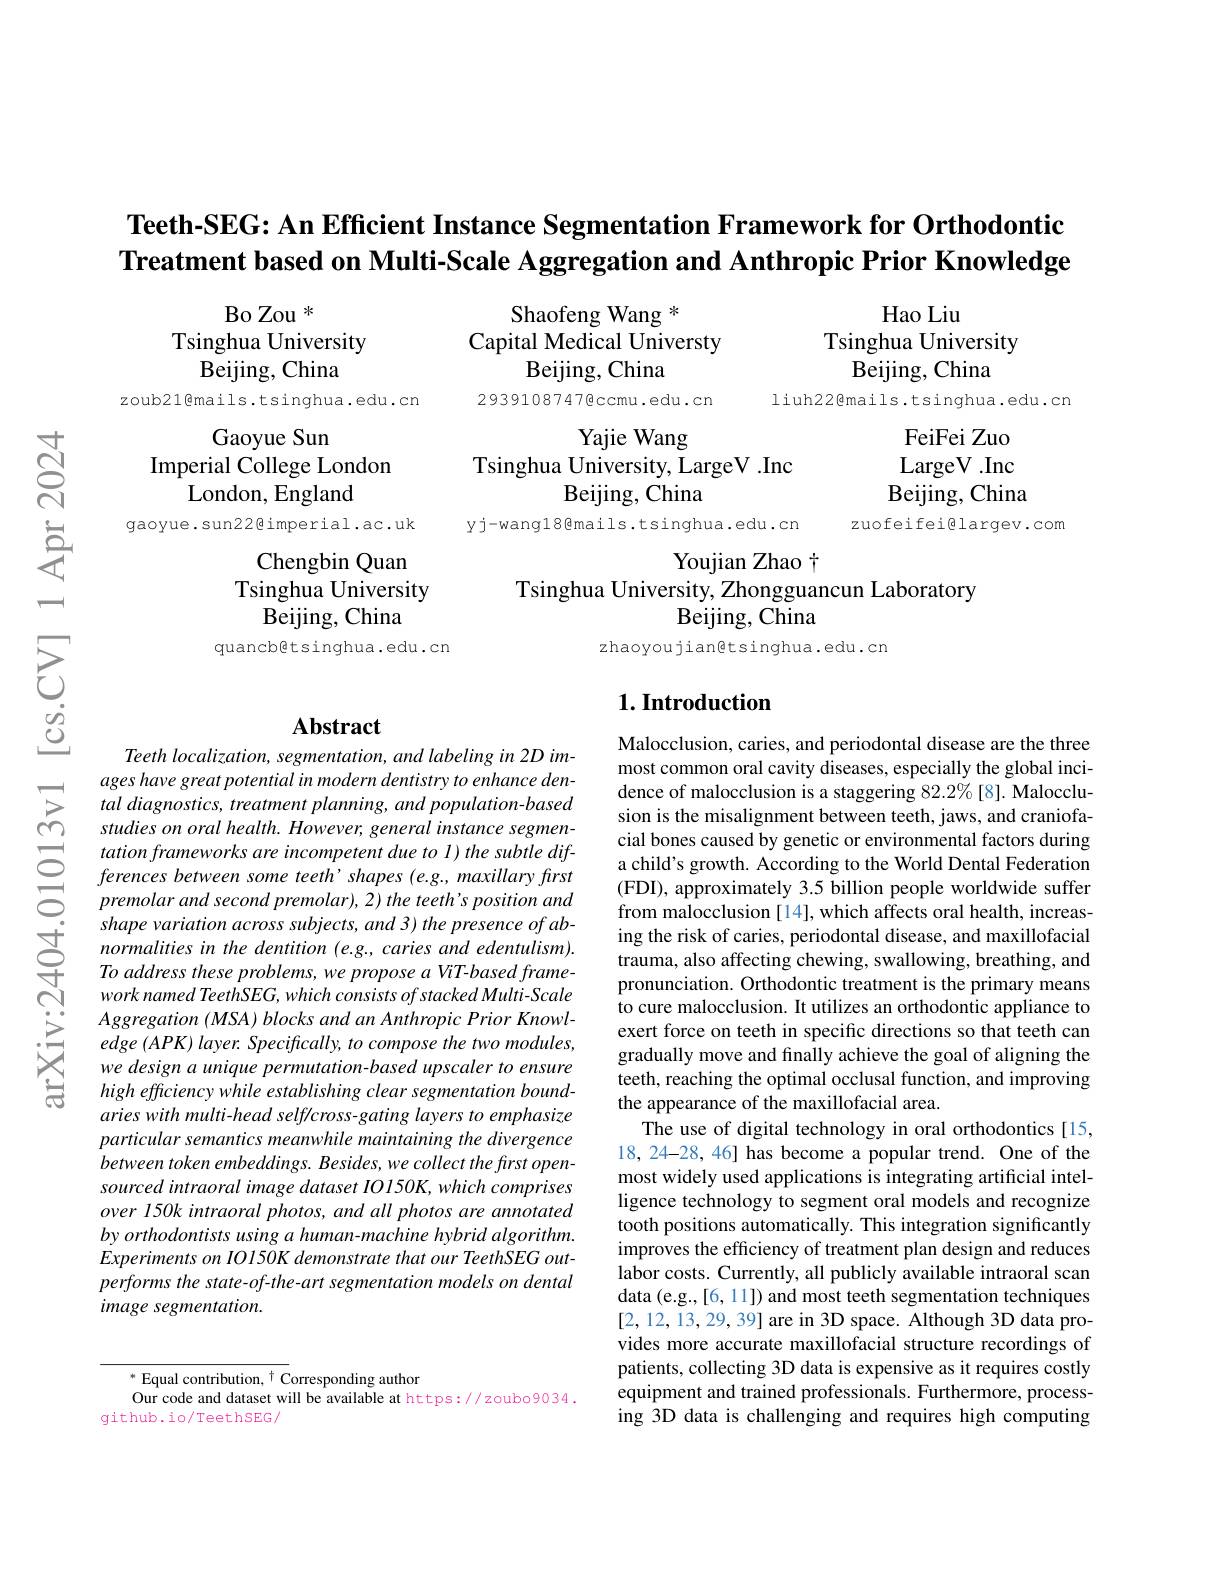
Teeth-SEG: An Efficient Instance Segmentation Framework for Orthodontic Treatment based on Multi-Scale Aggregation and Anthropic Prior Knowledge

$\operatorname{Bo}\mathbb{Z}$ou *
Tsinghua University
Beijing, China

Hao Liu
Tsinghua University
Beijing, China

Shaofeng Wang *
Capital Medical Universty
Beijing, China
29391087476ccmu.edu.cn

zoub21@mails.tsinghua.edu.cn

liuh22@mails.tsinghua.edu.cn

Yajie Wang
Tsinghua University, LargeV .Inc
Beijing, China

Gaoyue Sun
Imperial College London
London, England

$હું$

FeiFei Zuo LargeV .Inc Beijing, China
zuofeifeiglargev.com

gaoyue.sun22@imperial.ac.uk

yj-wang18@mails.tsinghua.edu.cn

享

Chengbin Quan

Tsinghua University

## Youjian Zhao t Tsinghua University, Zhongguancun Laboratory Beijing, China

一

Beijing, China

zhaoyou jiangtsinghua.edu.cn

quancb@t singhua .edu .cn

$উু$

### $1. \textbf{Introduction}$

## Abstract

01013vl

Teeth localization, segmentation, and labeling in 2D images have great potential in modern dentistry to enhance dental diagnostics, treatment planning, and population-based studies on oral health. However, general instance segmentation frameworks are incompetent due to 1) the subtle differences between some teeth' shapes (e.g., maxillary first premolar and second premolar), 2) the teeth' s position and shape variation across subjects, and 3) the presence of ab-
Aggregation (MSA) blocks and an Anthropic Prior Knowledge (APK) layer. Specifically, to compose the two modules, we design a unique permutation-based upscaler to ensure high efficiency while establishing clear segmentation boundaries with multi- head self/cross- gating layers to emphasize particular semantics meanwhile maintaining the divergence between token embeddings. Besides, we collect the first opensourced intraoral image dataset IOl50K, which comprises over 150k intraoral photos, and all photos are annotated by orthodontists using a human-machine hybrid algorithm. Experiments on IO150K demonstrate that our TeethSEG outperforms the state-of-the-art segmentation models on dental image segmentation.

Malocclusion, caries, and periodontal disease are the three most common oral cavity diseases, especially the global incidence of malocclusion is a staggering 82.2%[8]. Malocclusion is the misalignment between teeth, jaws, and craniofacial bones caused by genetic or environmental factors during a child's growth. According to the World Dental Federation (FDI) , approximately 3. 5 billion people worldwide suffer from malocclusion [14], which affects oral health, increasto cure malocclusion. It utilizes an orthodontic appliance to exert force on teeth in specific directions so that teeth can gradually move and finally achieve the goal of aligning the teeth, reaching the optimal occlusal function, and improving the appearance of the maxillofacial area.
The use of digital technology in oral orthodontics [15, 18,24-28,46] has become a popular trend. One of the most widely used applications is integrating artificial intelligence technology to segment oral models and recognize tooth positions automatically. This integration significantly improves the efficiency of treatment plan design and reduces labor costs. Currently, all publicly available intraoral scan data (e.g.,[6,11]) and most teeth segmentation techniques [2,12,13,29,39] are in 3D space. Although 3D data provides more accurate maxillofacial structure recordings of patients, collecting 3D data is expensive as it requires costly equipment and trained professionals. Furthermore, processing 3D data is challenging and requires high computing

$^*$ Equal contribution, $^\dagger$ Corresponding author
$\hat{\text{Our code and dataset will be available at https}}://z$oubo9034.
github.io/TeethSEG/